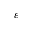
\varepsilon